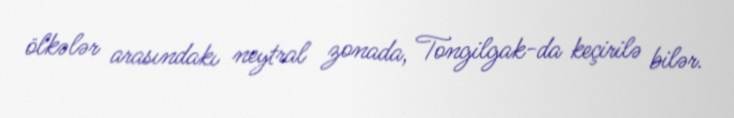
ölkələr arasındakı neytral zonada, Tongilgak-da keçirilə bilər.